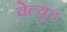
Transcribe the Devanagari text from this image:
वेल्यूड